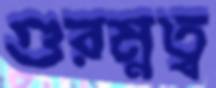
গুরম্নত্ব